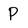
Character: p